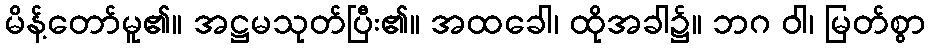
မိန့်တော်မူ၏။ အဋ္ဌမသုတ်ပြီး၏။ အထခေါ၊ ထိုအခါ၌။ ဘဂ ဝါ၊ မြတ်စွာ